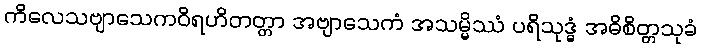
ကိလေသဗျာသေကဝိရဟိတတ္တာ အဗျာသေကံ အသမ္မိဿံ ပရိသုဒ္ဓံ အဓိစိတ္တသုခံ